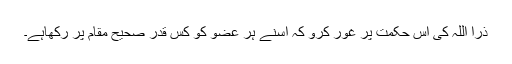
ذرا اللہ کی اس حکمت پر غور کرو کہ اُسنے ہر عضو کو کس قدر صحیح مقام پر رکھاہے۔